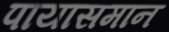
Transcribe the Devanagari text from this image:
पायासमान